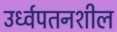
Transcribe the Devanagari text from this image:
उर्ध्वपतनशील